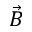
\vec { B }